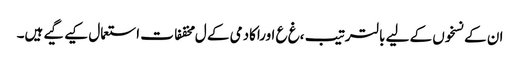
ان کے نسخوں کے لیے بالترتیب ،غ ع اوراکادمی کے ل مخففات استعمال کیے گیے ہیں۔